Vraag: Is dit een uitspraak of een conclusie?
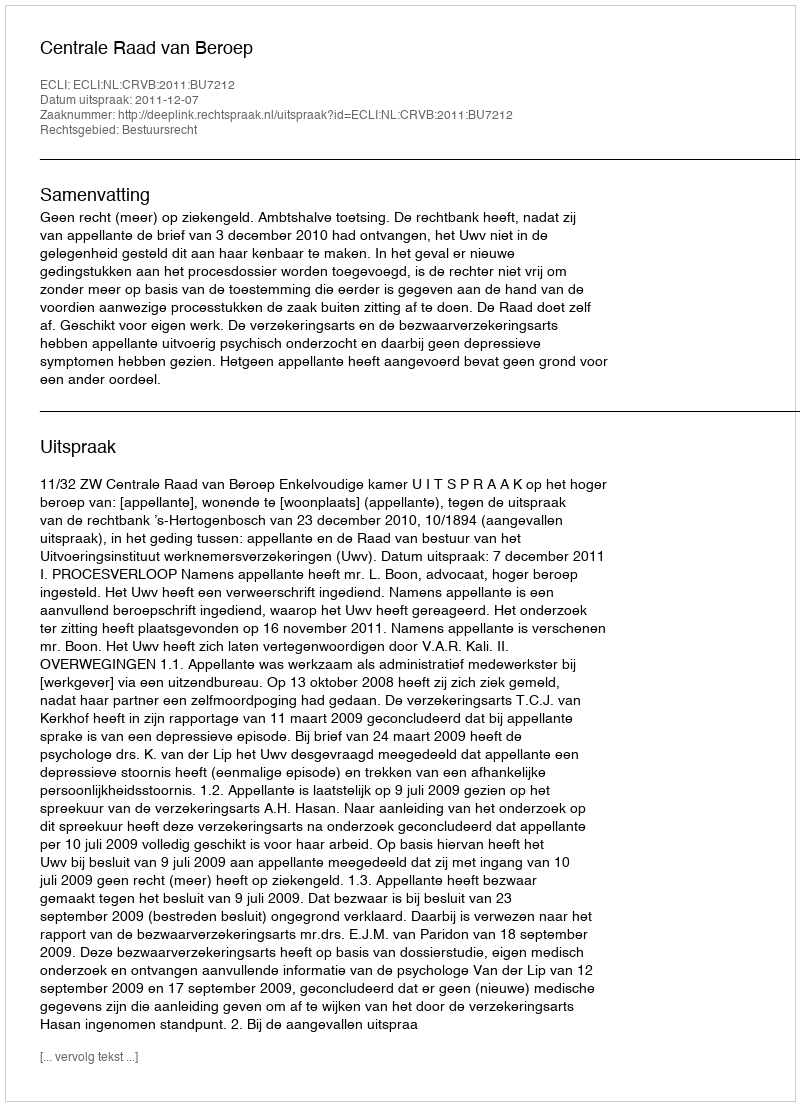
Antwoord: Uitspraak